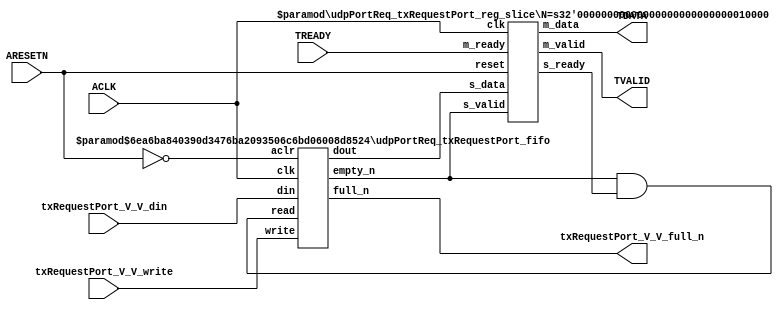
// This program was cloned from: https://github.com/mustafabbas/ECE1373_2016_hft_on_fpga
// License: MIT License

// ==============================================================
// File generated by Vivado(TM) HLS - High-Level Synthesis from C, C++ and SystemC
// Version: 2016.3
// Copyright (C) 1986-2016 Xilinx, Inc. All Rights Reserved.
// 
// ==============================================================


`timescale 1ns/1ps

module udpPortReq_txRequestPort_if (
    // AXI4-Stream singals
    input  wire        ACLK,
    input  wire        ARESETN,
    output wire        TVALID,
    input  wire        TREADY,
    output wire [15:0] TDATA,
    // User signals
    input  wire [15:0] txRequestPort_V_V_din,
    output wire        txRequestPort_V_V_full_n,
    input  wire        txRequestPort_V_V_write
);
//------------------------Local signal-------------------
// FIFO
wire [0:0]  fifo_read;
wire [0:0]  fifo_empty_n;
wire [15:0] txRequestPort_V_V_dout;
wire [0:0]  txRequestPort_V_V_empty_n;
// register slice
wire [0:0]  s_valid;
wire [0:0]  s_ready;
wire [15:0] s_data;
wire [0:0]  m_valid;
wire [0:0]  m_ready;
wire [15:0] m_data;

//------------------------Instantiation------------------
// rs
udpPortReq_txRequestPort_reg_slice #(
    .N       ( 16 )
) rs (
    .clk     ( ACLK ),
    .reset   ( ARESETN ),
    .s_data  ( s_data ),
    .s_valid ( s_valid ),
    .s_ready ( s_ready ),
    .m_data  ( m_data ),
    .m_valid ( m_valid ),
    .m_ready ( m_ready )
);

// txRequestPort_V_V_fifo
udpPortReq_txRequestPort_fifo #(
    .DATA_BITS  ( 16 ),
    .DEPTH_BITS ( 4 )
) txRequestPort_V_V_fifo (
    .clk        ( ACLK ),
    .aclr       ( ~ARESETN ),
    .empty_n    ( txRequestPort_V_V_empty_n ),
    .full_n     ( txRequestPort_V_V_full_n ),
    .read       ( fifo_read ),
    .write      ( txRequestPort_V_V_write ),
    .dout       ( txRequestPort_V_V_dout ),
    .din        ( txRequestPort_V_V_din )
);

//------------------------Body---------------------------
//++++++++++++++++++++++++AXI4-Stream++++++++++++++++++++
assign TVALID = m_valid;
assign TDATA  = m_data[15:0];

//+++++++++++++++++++++++++++++++++++++++++++++++++++++++

//++++++++++++++++++++++++Reigister Slice++++++++++++++++
assign s_valid = fifo_empty_n;
assign m_ready = TREADY;
assign s_data  = {txRequestPort_V_V_dout};

//+++++++++++++++++++++++++++++++++++++++++++++++++++++++

//++++++++++++++++++++++++FIFO+++++++++++++++++++++++++++
assign fifo_read    = fifo_empty_n & s_ready;
assign fifo_empty_n = txRequestPort_V_V_empty_n;

//+++++++++++++++++++++++++++++++++++++++++++++++++++++++

endmodule



`timescale 1ns/1ps

module udpPortReq_txRequestPort_fifo
#(parameter
    DATA_BITS  = 8,
    DEPTH_BITS = 4
)(
    input  wire                 clk,
    input  wire                 aclr,
    output wire                 empty_n,
    output wire                 full_n,
    input  wire                 read,
    input  wire                 write,
    output wire [DATA_BITS-1:0] dout,
    input  wire [DATA_BITS-1:0] din
);
//------------------------Parameter----------------------
localparam
    DEPTH = 1 << DEPTH_BITS;
//------------------------Local signal-------------------
reg                   empty;
reg                   full;
reg  [DEPTH_BITS-1:0] index;
reg  [DATA_BITS-1:0]  mem[0:DEPTH-1];
//------------------------Body---------------------------
assign empty_n = ~empty;
assign full_n  = ~full;
assign dout    = mem[index];

// empty
always @(posedge clk or posedge aclr) begin
    if (aclr)
        empty <= 1'b1;
    else if (empty & write & ~read)
        empty <= 1'b0;
    else if (~empty & ~write & read & (index==1'b0))
        empty <= 1'b1;
end

// full
always @(posedge clk or posedge aclr) begin
    if (aclr)
        full <= 1'b0;
    else if (full & read & ~write)
        full <= 1'b0;
    else if (~full & ~read & write & (index==DEPTH-2'd2))
        full <= 1'b1;
end

// index
always @(posedge clk or posedge aclr) begin
    if (aclr)
        index <= {DEPTH_BITS{1'b1}};
    else if (~empty & ~write & read)
        index <= index - 1'b1;
    else if (~full & ~read & write)
        index <= index + 1'b1;
end

// mem
always @(posedge clk) begin
    if (~full & write) mem[0] <= din;
end

genvar i;
generate
    for (i = 1; i < DEPTH; i = i + 1) begin : gen_sr
        always @(posedge clk) begin
            if (~full & write) mem[i] <= mem[i-1];
        end
    end
endgenerate

endmodule

`timescale 1ns/1ps

module udpPortReq_txRequestPort_reg_slice
#(parameter
    N = 8   // data width
) (
    // system signals
    input  wire         clk,
    input  wire         reset,
    // slave side
    input  wire [N-1:0] s_data,
    input  wire         s_valid,
    output wire         s_ready,
    // master side
    output wire [N-1:0] m_data,
    output wire         m_valid,
    input  wire         m_ready
);
//------------------------Parameter----------------------
// state
localparam [1:0]
    ZERO = 2'b10,
    ONE  = 2'b11,
    TWO  = 2'b01;
//------------------------Local signal-------------------
reg  [N-1:0] data_p1;
reg  [N-1:0] data_p2;
wire         load_p1;
wire         load_p2;
wire         load_p1_from_p2;
reg          s_ready_t;
reg  [1:0]   state;
reg  [1:0]   next;
//------------------------Body---------------------------
assign s_ready = s_ready_t;
assign m_data  = data_p1;
assign m_valid = state[0];

assign load_p1 = (state == ZERO && s_valid) ||
                 (state == ONE && s_valid && m_ready) ||
                 (state == TWO && m_ready);
assign load_p2 = s_valid & s_ready;
assign load_p1_from_p2 = (state == TWO);

// data_p1
always @(posedge clk) begin
    if (load_p1) begin
        if (load_p1_from_p2)
            data_p1 <= data_p2;
        else
            data_p1 <= s_data;
    end
end

// data_p2
always @(posedge clk) begin
    if (load_p2) data_p2 <= s_data;
end

// s_ready_t
always @(posedge clk) begin
    if (~reset)
        s_ready_t <= 1'b0;
    else if (state == ZERO)
        s_ready_t <= 1'b1;
    else if (state == ONE && next == TWO)
        s_ready_t <= 1'b0;
    else if (state == TWO && next == ONE)
        s_ready_t <= 1'b1;
end

// state
always @(posedge clk) begin
    if (~reset)
        state <= ZERO;
    else
        state <= next;
end

// next
always @(*) begin
    case (state)
        ZERO:
            if (s_valid & s_ready)
                next = ONE;
            else
                next = ZERO;
        ONE:
            if (~s_valid & m_ready)
                next = ZERO;
            else if (s_valid & ~m_ready)
                next = TWO;
            else
                next = ONE;
        TWO:
            if (m_ready)
                next = ONE;
            else
                next = TWO;
        default:
            next = ZERO;
    endcase
end

endmodule